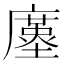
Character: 𢋓